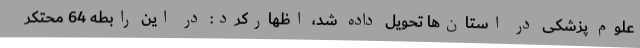
علوم پزشکی در استان‌ها تحویل داده شد، اظهارکرد: در این رابطه 64 محتکر